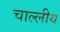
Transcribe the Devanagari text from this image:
चाल्लीय